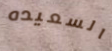
السعيده